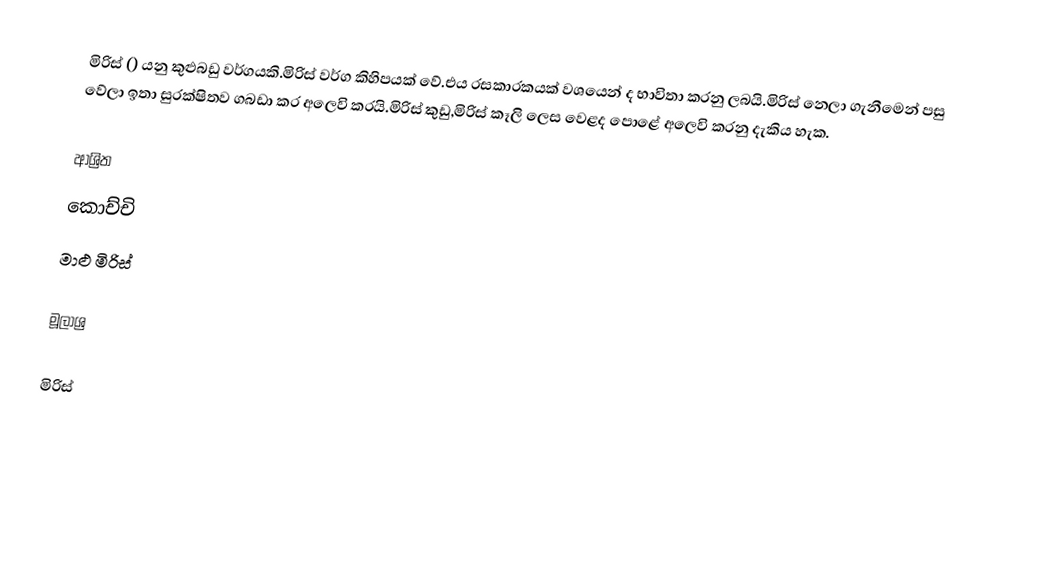
මිරිස් () යනු කුළුබඩු වර්ගයකි.මිරිස් වර්ග කිහිපයක් වේ.එය රසකාරකයක් වශයෙන් ද භාවිතා කරනු ලබයි.මිරිස් නෙලා ගැනීමෙන් පසු වේලා ඉතා සුරක්ෂිතව ගබඩා කර අලෙවි කරයි.මිරිස් කුඩු,මිරිස් කෑලි ලෙස වෙළද පොළේ අලෙවි කරනු දැකිය හැක.

ආශ්‍රිත
 කොච්චි
 මාළු මිරිස්

මූලාශ්‍ර

මිරිස්